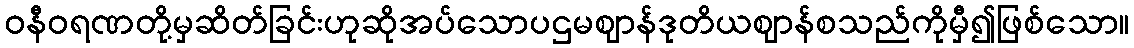
ဝနီဝရဏတို့မှဆိတ်ခြင်းဟုဆိုအပ်သောပဌမဈာန်ဒုတိယဈာန်စသည်ကိုမှီ၍ဖြစ်သော။